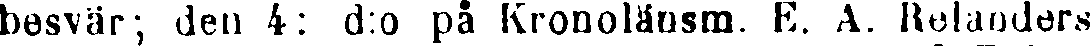
besvär; den 4: d:o på Kronolänsm. E. A. Relanders